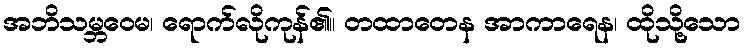
အဘိသမ္ဘဝေမ၊ ရောက်လိုကုန်၏။ တထာတေန အာကာရေန၊ ထိုသို့သော